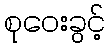
စုဝေးခွင့်